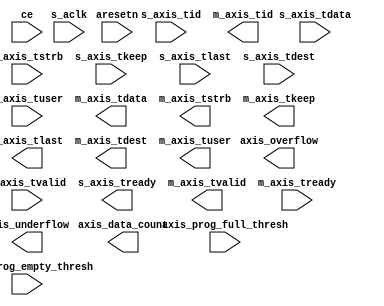
module channelizer_512_xlaxififogen(
 s_aclk,
 ce,
 aresetn,
 axis_underflow,
 axis_overflow,
 axis_data_count,
 axis_prog_full_thresh,
 axis_prog_empty_thresh,
 s_axis_tdata,
 s_axis_tstrb,
 s_axis_tkeep,
 s_axis_tlast,
 s_axis_tid,
 s_axis_tdest,
 s_axis_tuser,
 s_axis_tvalid,
 s_axis_tready,
 m_axis_tdata,
 m_axis_tstrb,
 m_axis_tkeep,
 m_axis_tlast,
 m_axis_tid,
 m_axis_tdest,
 m_axis_tuser,
 m_axis_tvalid,
 m_axis_tready
 );
 parameter core_name0 = "";
 parameter has_aresetn = -1;
 parameter tdata_width = -1;
 parameter tdest_width = -1;
 parameter tstrb_width = -1;
 parameter tkeep_width = -1;
 parameter tid_width = -1;
 parameter tuser_width = -1;
 parameter depth_bits = -1; 
 input ce;
 input s_aclk;
input aresetn;
output axis_underflow;
output axis_overflow;
output [depth_bits-1:0] axis_data_count;
input  [depth_bits-2:0] axis_prog_full_thresh;
input  [depth_bits-2:0] axis_prog_empty_thresh;
input  [tdata_width-1:0] s_axis_tdata;
input  [tstrb_width-1:0] s_axis_tstrb;
input  [tkeep_width-1:0] s_axis_tkeep;
input                     s_axis_tlast;
input  [tid_width-1:0] s_axis_tid;
input  [tdest_width-1:0] s_axis_tdest;
input  [tuser_width-1:0] s_axis_tuser;
input                     s_axis_tvalid;
output                    s_axis_tready;
output  [tdata_width-1:0] m_axis_tdata;
output  [tstrb_width-1:0] m_axis_tstrb;
output  [tkeep_width-1:0] m_axis_tkeep;
output                        m_axis_tlast;
output  [tid_width-1:0] m_axis_tid;
output  [tdest_width-1:0] m_axis_tdest;
output  [tuser_width-1:0] m_axis_tuser;
output                        m_axis_tvalid;
input                 m_axis_tready;
   wire srst;
   reg reset_gen1 = 1'b0;
   reg reset_gen_d1 = 1'b0;
   reg reset_gen_d2 = 1'b0;
   always @(posedge s_aclk)
   begin
   	reset_gen1 <= 1'b1;
 	reset_gen_d1 <= reset_gen1;
 	reset_gen_d2 <= reset_gen_d1;
   end
   generate
   if(has_aresetn == 0)
   begin:if_block
         assign srst = reset_gen_d2;
   end
   else
   begin:else_block
     assign srst = ~((~aresetn) & ce);
   end
   endgenerate
   generate
if (core_name0 == "channelizer_512_fifo_generator_v12_0_0") 
     begin:comp0
channelizer_512_fifo_generator_v12_0_0 core_instance0 ( 
        .s_aclk(s_aclk),
        .s_aresetn(srst),
        .s_axis_tdata(s_axis_tdata),
        .s_axis_tlast(s_axis_tlast),
        .s_axis_tid  (s_axis_tid),
        .s_axis_tdest(s_axis_tdest),
        .s_axis_tuser(s_axis_tuser),
        .s_axis_tvalid(s_axis_tvalid),
        .s_axis_tready(s_axis_tready),
        .m_axis_tdata(m_axis_tdata),
        .m_axis_tlast(m_axis_tlast),
        .m_axis_tid  (m_axis_tid),
        .m_axis_tdest(m_axis_tdest),
        .m_axis_tuser(m_axis_tuser),
        .m_axis_tvalid(m_axis_tvalid),
        .m_axis_tready(m_axis_tready)
       ); 
     end 
endgenerate
 endmodule